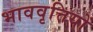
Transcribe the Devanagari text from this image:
भाववृत्तियों